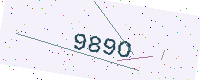
Text: 989O